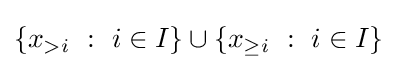
\left\{x_{>i}~:~i\in I\right\}\cup \left\{x_{\geq i}~:~i\in I\right\}